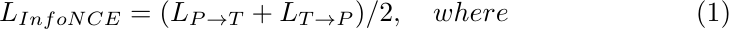
\begin{equation}
L_{InfoNCE}=(L_{P\rightarrow T} + L_{T\rightarrow P})/2, \quad where
\end{equation}